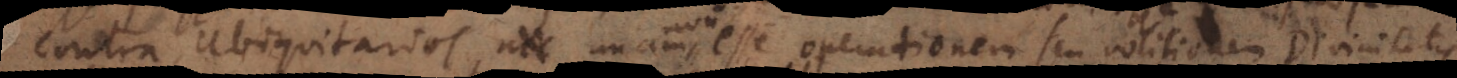
contra Ubiquitarios, nec esse operationem seu volitionem Divinitatis